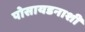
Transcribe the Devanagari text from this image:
पोसायडनाशी